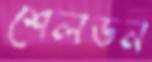
শেলডন